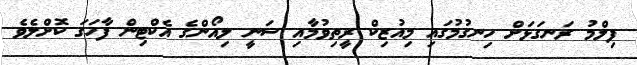
ފިލްމު ރަނގަޅަށް ހިނގުމުގައި މިއުޒިކް ރީތިވުމާއި ސަނީ ލިއޯންގެ އެކްޓިން ފާހަގަ ކޮށްލެވެ